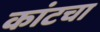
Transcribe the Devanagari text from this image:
कांटचा